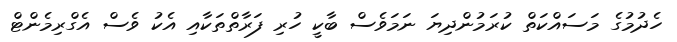
ހެދުމުގެ މަސައްކަތް ކުރަމުންދިޔަ ނަމަވެސް ބާކީ ހުރި ފަރާތްތަކާއި އެކު ވެސް އެގްރިމެންޓް